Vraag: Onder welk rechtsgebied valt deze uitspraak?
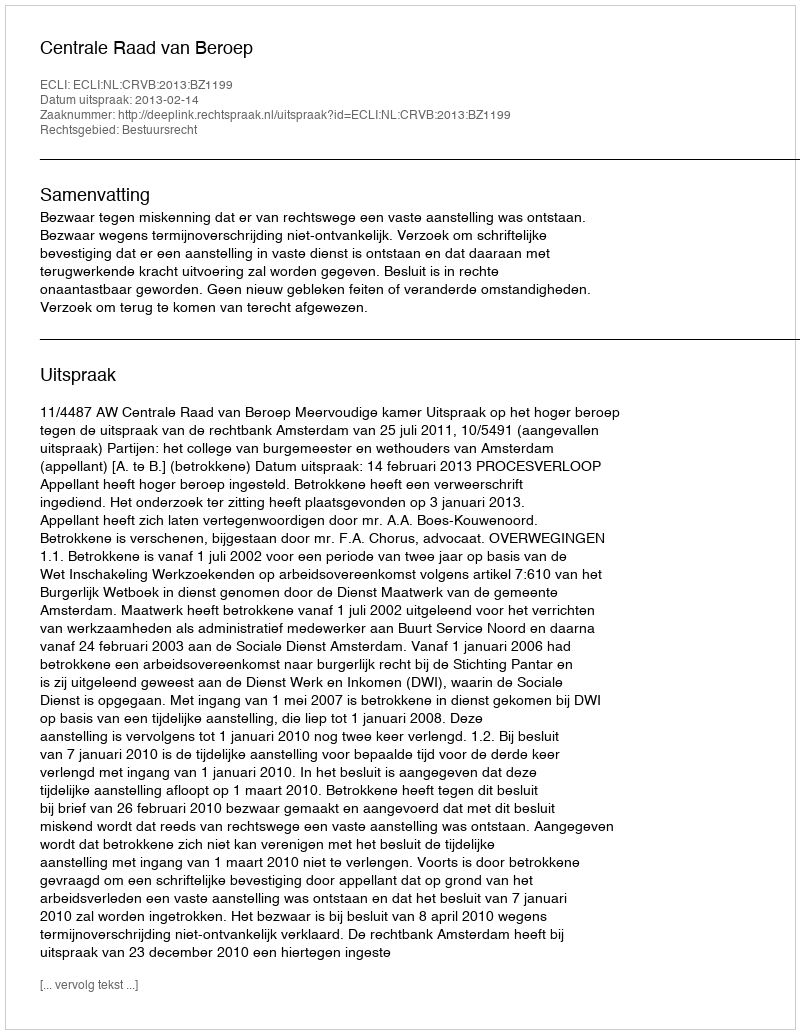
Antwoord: Bestuursrecht